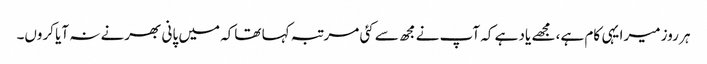
ہر روز میرا یہی کام ہے، مجھے یاد ہے کہ آپ نے مجھ سے کئی مرتبہ کہا تھاکہ میں پانی بھرنے نہ آیا کروں۔